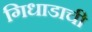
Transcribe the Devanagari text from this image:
गिधाडाची